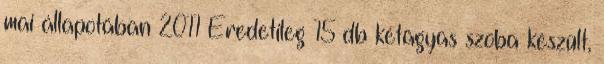
mai állapotában 2011 Eredetileg 15 db kétágyas szoba készült,